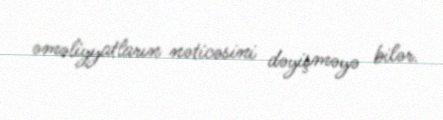
əməliyyatların nəticəsini dəyişməyə bilər.